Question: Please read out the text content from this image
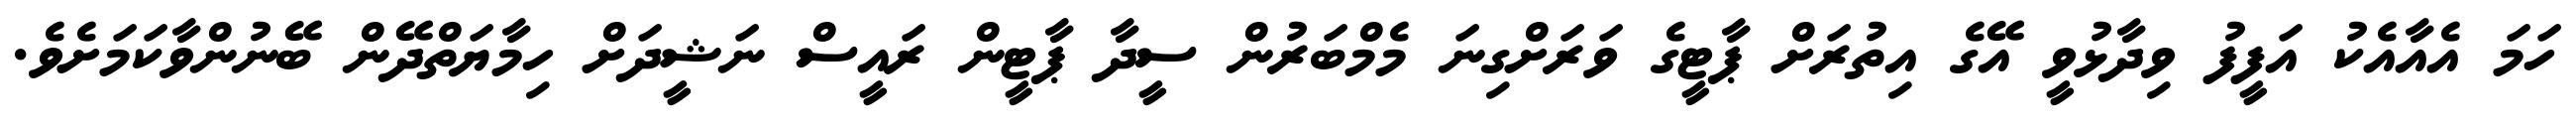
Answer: ހަމަ އެއާއެކު އަފީފު ވިދާޅުވީ އޭގެ އިތުރަށް ޕާޓީގެ ވަރަށްގިނަ މެމްބަރުން ސީދާ ޕާޓީން ރައީސް ނަޝީދަށް ހިމާޔަތްދޭން ބޭނުންވާކަމަށެވެ.